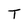
Character: T